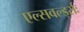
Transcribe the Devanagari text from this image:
एल्सवर्ल्ड्सः